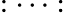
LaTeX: :\cdots: